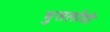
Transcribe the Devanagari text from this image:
मुसलोंडी